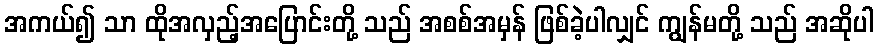
အကယ်၍ သာ ထိုအလှည့်အပြောင်းတို့ သည် အစစ်အမှန် ဖြစ်ခဲ့ပါလျှင် ကျွန်မတို့ သည် အဆိုပါ